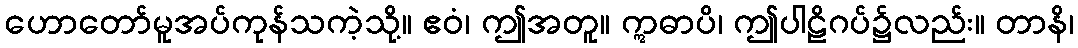
ဟောတော်မူအပ်ကုန်သကဲ့သို့။ ဧဝံ၊ ဤအတူ။ ဣဓာပိ၊ ဤပါဠိဂပ်၌လည်း။ တာနိ၊